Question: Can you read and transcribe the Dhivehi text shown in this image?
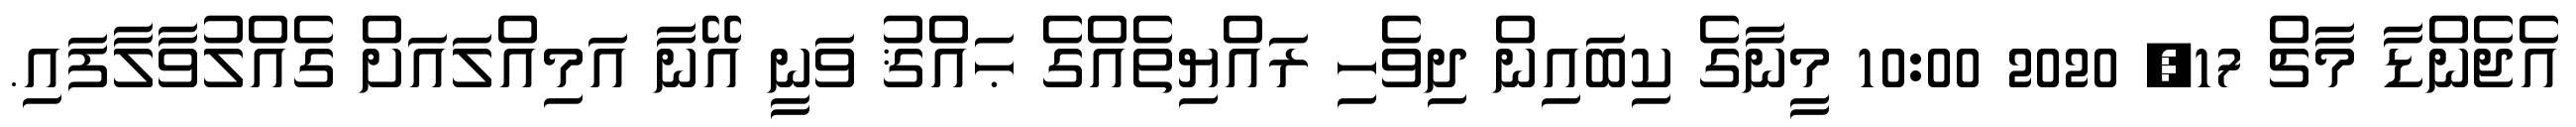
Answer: އެޖެންޑާ މާޗް 17, 2020 10:00 މީނާގެ ކިބައިން ދިވެހި ރައްޔިތެއްގެ ޙައްޤު ވަނީ އޭނާ އަމިއްލައަށް ގެއްލުވާލާފައި.